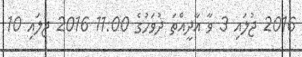
2016 ޖުލައި 3 ވާ އާދީއްތަ ދުވަހުގެ 11:00 2016 ޖުލައި 10